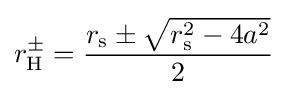
r_{\rm {H}}^{\pm }={\frac {r_{\text{s}}\pm {\sqrt {r_{\text{s}}^{2}-4a^{2}}}}{2}}